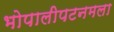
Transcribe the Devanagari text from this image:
भोपालीपटनमला